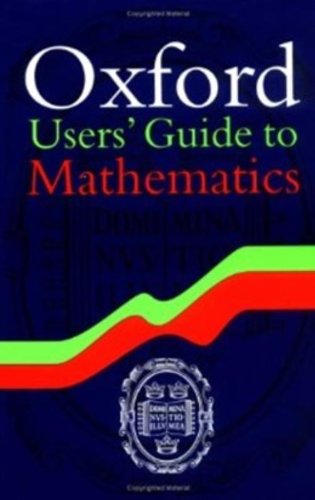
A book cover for Oxford Users' Guide to Mathematics; Science & Math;